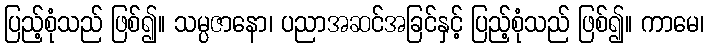
ပြည့်စုံသည် ဖြစ်၍။ သမ္ပဇာနော၊ ပညာအဆင်အခြင်နှင့် ပြည့်စုံသည် ဖြစ်၍။ ကာမေ၊